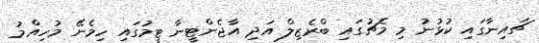
ޗައިނާގައި ކުޅުނު މި މެޗުގައި ބްރެޒިލް އަދި އާޖެންޓީނާ ޓީމުގައި ހިމެނޭ މުހިއްމު